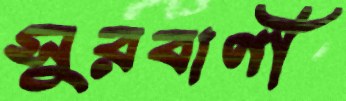
সুরবাণী